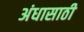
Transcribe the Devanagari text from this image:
अंधासाठी